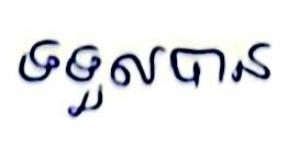
ទទួលបាន